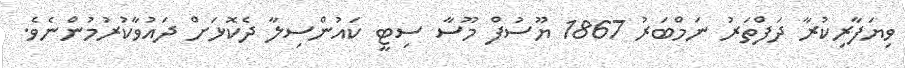
ވިޔަފާރިކުރާ ދަފްތަރު ނަމްބަރު 1867 ޔޫސުފް މޫސާ ސިޓީ ކައުންސިލާ ދެކޮޅަށް ދައުވާކުރުމުންނެވެ.